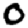
Digit: 0